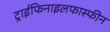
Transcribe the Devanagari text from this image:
ट्राईफिनाइलफास्फीन